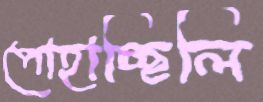
পোহাচ্ছিলি